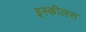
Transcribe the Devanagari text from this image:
इस्कीलस